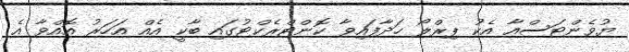
ޔުވެންޓަސްއާ އެކު ޕިރްލޯ ހަދާފައިވާ ކޮންޓްރެކްޓުގައި ބާކީ އެއް އަހަރު އޮއްވާ އެ